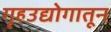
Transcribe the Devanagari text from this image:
गृहउद्योगातून